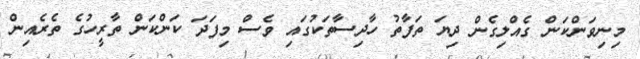
މިނިވަންކަން ގެއްލިގެން ދިޔަ ތަފާތު ހާދިސާތަކުގައި ވެސް މިފަދަ ކަންކަން ތާރީހުގެ ތެރެއިން